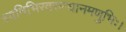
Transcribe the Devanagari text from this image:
ध्वनिभिरवरुन्धानमणुभिः।